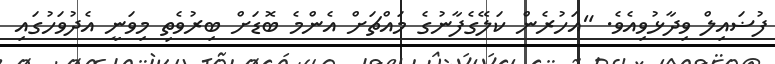
ފުޟައިލް ވިދާޅުވިއެވެ. "އަހުރެން ކަލޭގެފާނުގެ މައްޗަށް އެންމެ ބޮޑަށް ބިރުވެތި މިވަނީ އެދުވަހުގައި